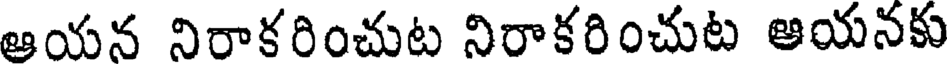
ఆయన నిరాకరించుట నిరాకరించుట ఆయనకు